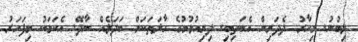
ލިބުނު. މިހާރު ދެދަރިން އެބަތިބި. ދިރިއުޅުމުގެ ހާލަތަކަށް ބަދަލެއް ނާދޭ. އެކަމަކު މިފަހަރު